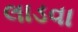
લાડવા